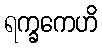
ရက္ခကေဟိ